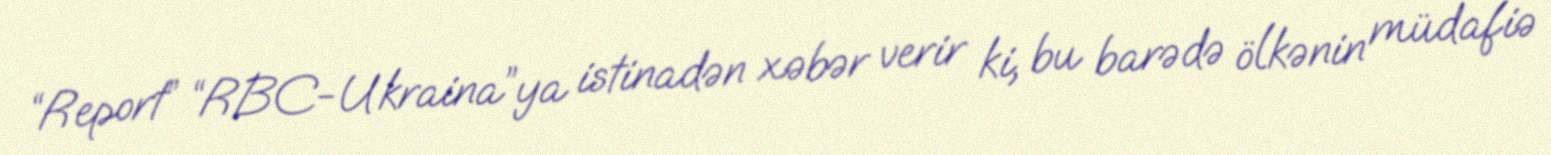
“Report” “RBC-Ukraina”ya istinadən xəbər verir ki, bu barədə ölkənin müdafiə